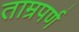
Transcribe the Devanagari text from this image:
ताम्रपर्ण